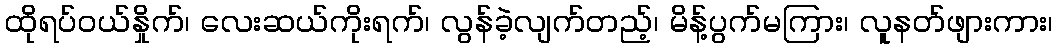
ထိုရပ်ဝယ်နှိုက်၊ လေးဆယ်ကိုးရက်၊ လွန်ခဲ့လျက်တည့်၊ မိန့်ပွက်မကြား၊ လူနတ်ဖျားကား၊